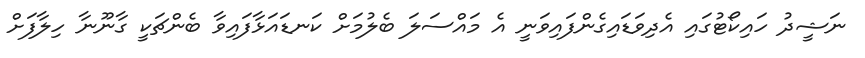
ނަޝީދު ހައިކޯޓުގައި އެދިވަޑައިގެންފައިވަނީ އެ މައްސަލަ ބެލުމަށް ކަނޑައަޅާފައިވާ ބެންޗަކީ ގާނޫނާ ހިލާފަށް